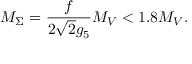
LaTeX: M _ { \Sigma } = \frac { f } { 2 \sqrt 2 g _ { 5 } } M _ { V } < 1 . 8 M _ { V } .